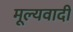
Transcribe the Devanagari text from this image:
मूल्यवादी